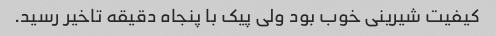
کیفیت شیرینی خوب بود ولی پیک با پنجاه دقیقه تاخیر رسید.